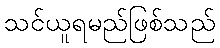
သင်ယူရမည်ဖြစ်သည်